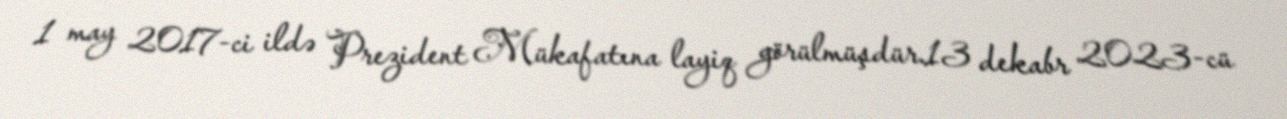
1 may 2017-ci ildə Prezident Mükafatına layiq görülmüşdür.13 dekabr 2023-cü